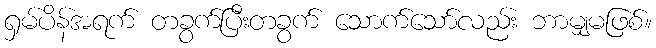
ရှမ်ပိန်အရက် တခွက်ပြီးတခွက် သောက်သော်လည်း ဘာမျှမဖြစ်။